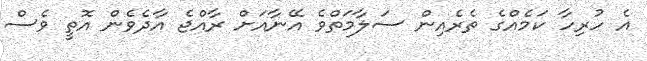
އެ ހުރިހާ ކަމެއްގެ ތެރެއިން ސަލާމަތްވެ އޭނާއަށް ރާއްޖެ އާދެވެން އޮތީ ވެސް